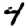
Digit: 4